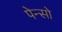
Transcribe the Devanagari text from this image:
पेन्सो